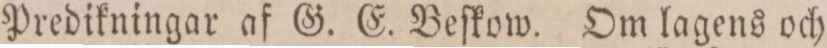
Predikningar af G. E. Beſkow. Om lagens och